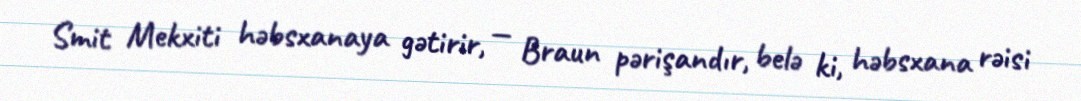
Smit Mekxiti həbsxanaya gətirir, — Braun pərişandır, belə ki, həbsxana rəisi